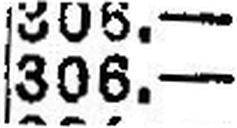
306.—